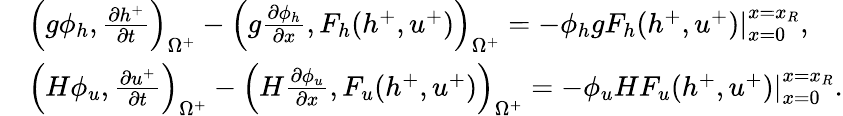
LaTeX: \begin{array}{rl}&{\left(g\phi_{h},\frac{\partial h^{+}}{\partial t}\right)_{\Omega^{+}}-\left(g\frac{\partial\phi_{h}}{\partial x},F_{h}(h^{+},u^{+})\right)_{\Omega^{+}}=-\left.\phi_{h}gF_{h}(h^{+},u^{+})\right|_{x=0}^{x=x_{R}},}\\ &{\left(H\phi_{u},\frac{\partial u^{+}}{\partial t}\right)_{\Omega^{+}}-\left(H\frac{\partial\phi_{u}}{\partial x},F_{u}(h^{+},u^{+})\right)_{\Omega^{+}}=-\left.\phi_{u}HF_{u}(h^{+},u^{+})\right|_{x=0}^{x=x_{R}}.}\end{array}